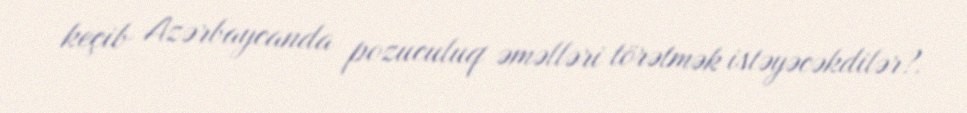
keçib Azərbaycanda pozuculuq əməlləri törətmək istəyəcəkdilər?.